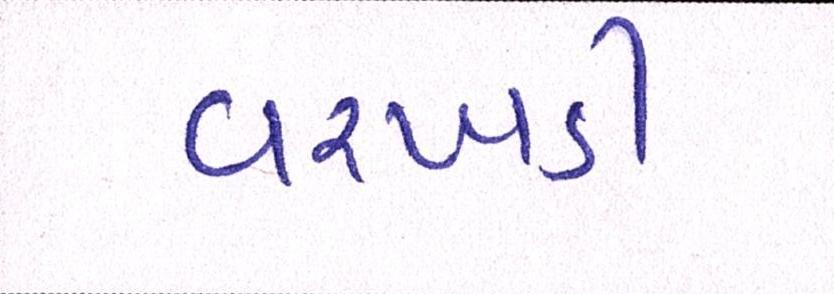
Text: વરખડી